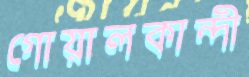
গোয়ালকান্দী